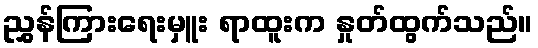
ညွှန်ကြားရေးမှူး ရာထူးက နှုတ်ထွက်သည်။